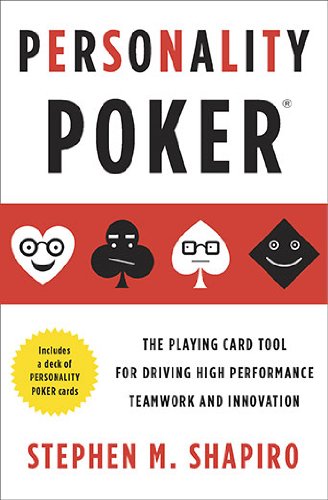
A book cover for Personality Poker: The Playing Card Tool for Driving High-Performance Teamworkand Innovation; Stephen M. Shapiro; Health, Fitness & Dieting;